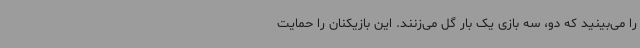
را می‌بینید که دو، سه بازی یک بار گل می‌زنند. این بازیکنان را حمایت